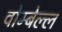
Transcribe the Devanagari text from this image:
वोम्बेल्ल